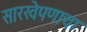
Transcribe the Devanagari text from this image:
सारखेपणाचा